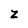
Character: z